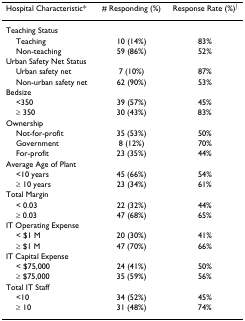
<table><thead><tr><td><b>Hospital Characteristic*</b></td><td><b># Responding (%)</b></td><td><b>Response Rate (%)<sup>∫</sup></b></td></tr></thead><tbody><tr><td>Teaching Status</td><td></td><td></td></tr><tr><td> Teaching</td><td>10 (14%)</td><td>83%</td></tr><tr><td> Non-teaching</td><td>59 (86%)</td><td>52%</td></tr><tr><td>Urban Safety Net Status</td><td></td><td></td></tr><tr><td> Urban safety net</td><td>7 (10%)</td><td>87%</td></tr><tr><td> Non-urban safety net</td><td>62 (90%)</td><td>53%</td></tr><tr><td>Bedsize</td><td></td><td></td></tr><tr><td> &lt;350</td><td>39 (57%)</td><td>45%</td></tr><tr><td> ≥ 350</td><td>30 (43%)</td><td>83%</td></tr><tr><td>Ownership</td><td></td><td></td></tr><tr><td> Not-for-profit</td><td>35 (53%)</td><td>50%</td></tr><tr><td> Government</td><td>8 (12%)</td><td>70%</td></tr><tr><td> For-profit</td><td>23 (35%)</td><td>44%</td></tr><tr><td>Average Age of Plant</td><td></td><td></td></tr><tr><td> &lt;10 years</td><td>45 (66%)</td><td>54%</td></tr><tr><td> ≥ 10 years</td><td>23 (34%)</td><td>61%</td></tr><tr><td>Total Margin</td><td></td><td></td></tr><tr><td> &lt; 0.03</td><td>22 (32%)</td><td>44%</td></tr><tr><td> ≥ 0.03</td><td>47 (68%)</td><td>65%</td></tr><tr><td>IT Operating Expense</td><td></td><td></td></tr><tr><td> &lt; $1 M</td><td>20 (30%)</td><td>41%</td></tr><tr><td> ≥ $1 M</td><td>47 (70%)</td><td>66%</td></tr><tr><td>IT Capital Expense</td><td></td><td></td></tr><tr><td> &lt; $75,000</td><td>24 (41%)</td><td>50%</td></tr><tr><td> ≥ $75,000</td><td>35 (59%)</td><td>56%</td></tr><tr><td>Total IT Staff</td><td></td><td></td></tr><tr><td> &lt;10</td><td>34 (52%)</td><td>45%</td></tr><tr><td> ≥ 10</td><td>31 (48%)</td><td>74%</td></tr></tbody></table>